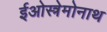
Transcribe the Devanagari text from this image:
ईओस्त्रेमोनाथ